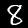
Label: 8